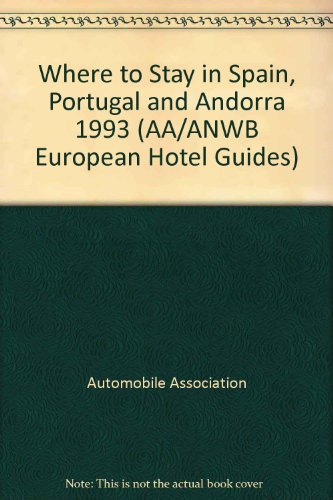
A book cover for Where to Stay in Spain, Portugal and Andorra (AA/ANWB European Hotel Guides); Automobile Association; Travel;